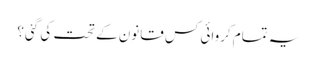
یہ تمام کروائی کس قانون کے تحت کی گئی؟